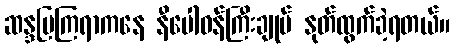
ဆန္ဒပြကြရာကနေ နီပေါဝန်ကြီးချုပ် နုတ်ထွက်ခဲ့ရတယ်။